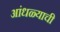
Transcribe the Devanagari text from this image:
आंधळ्याची